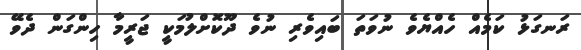
ރަނގަޅު ކަމެއް ހެއްޔެވެ ނުވަތަ ބައިވެރި ނުވެ ދޫކޮށްލުމަކީ ޖަރީމާ ހިންގަން ދެވޭ